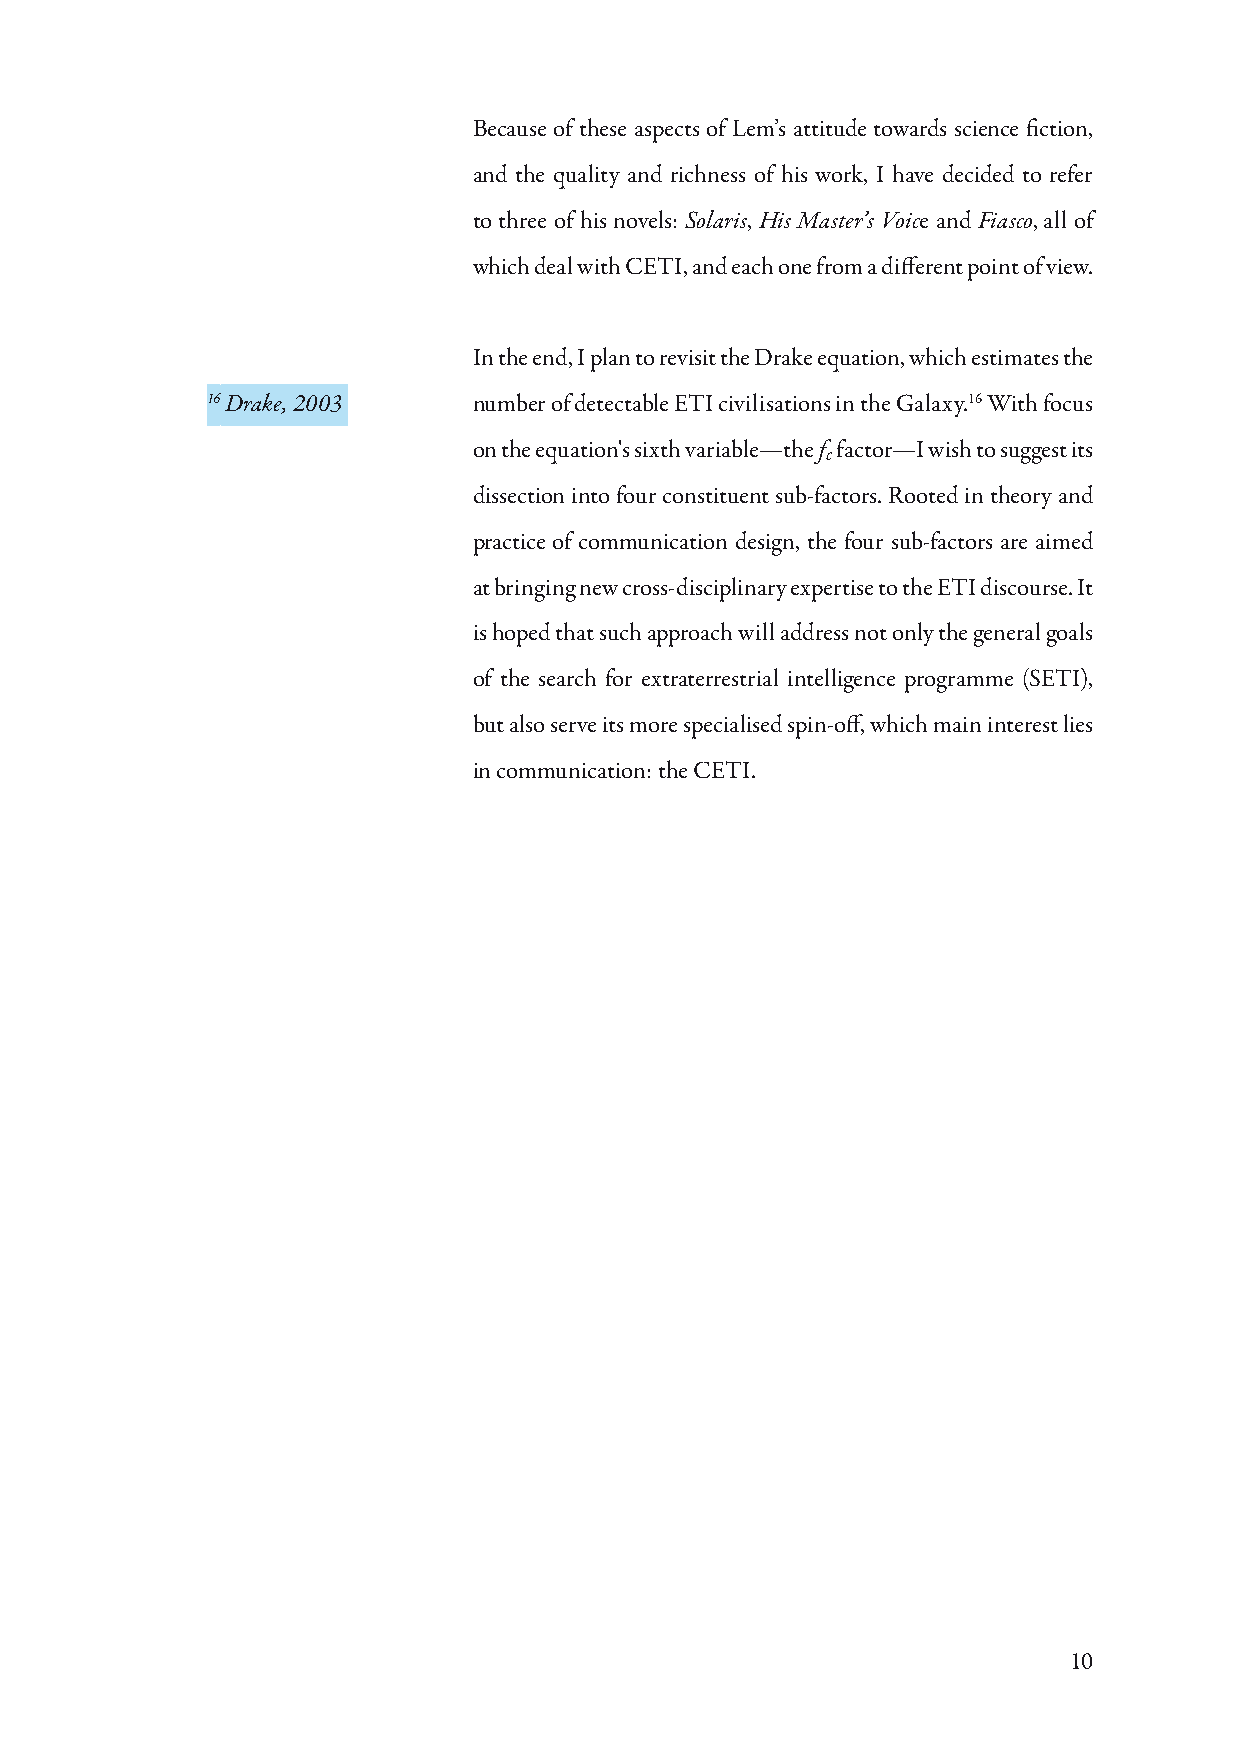
Because of these aspects of Lem’s attitude towards science fiction,
 and the quality and richness of his work, I have decided to refer
 to three of his novels: Solaris, His Master’s Voice and Fiasco, all of
 which deal with CETI, and each one from a different point of view.
 In the end, I plan to revisit the Drake equation, which estimates the
 16 Drake, 2003   number of detectable ETI civilisations in the Galaxy.16 With focus
 on the equation's sixth variable—the fc factor—I wish to suggest its
 dissection into four constituent sub-factors. Rooted in theory and
 practice of communication design, the four sub-factors are aimed
 at bringing new cross-disciplinary expertise to the ETI discourse. It
 is hoped that such approach will address not only the general goals
 of the search for extraterrestrial intelligence programme (SETI),
 but also serve its more specialised spin-off, which main interest lies
 in communication: the CETI.
 10